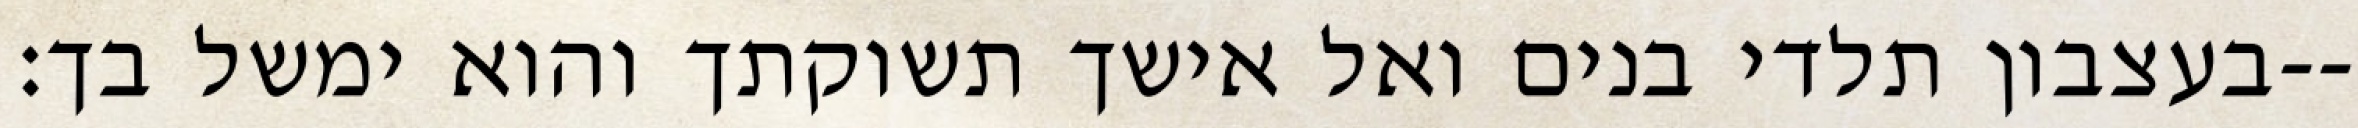
בעצבון תלדי בנים ואל אישך תשוקתך והוא ימשל בך׃--